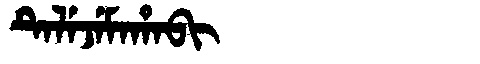
Manchu: ᡨᡝᠯᡝᠵᡝᠮᠠᡥᠠᠪᡳ
Romanization: TELEJEMAHABI